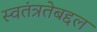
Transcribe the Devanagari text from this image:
स्वतंत्रतेबद्दल